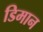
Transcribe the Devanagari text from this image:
डिमान